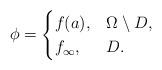
LaTeX: \begin{align*}\phi=\begin{cases}f(a), & \Omega\setminus D,\\f_{\infty}, & D.\end{cases}\end{align*}